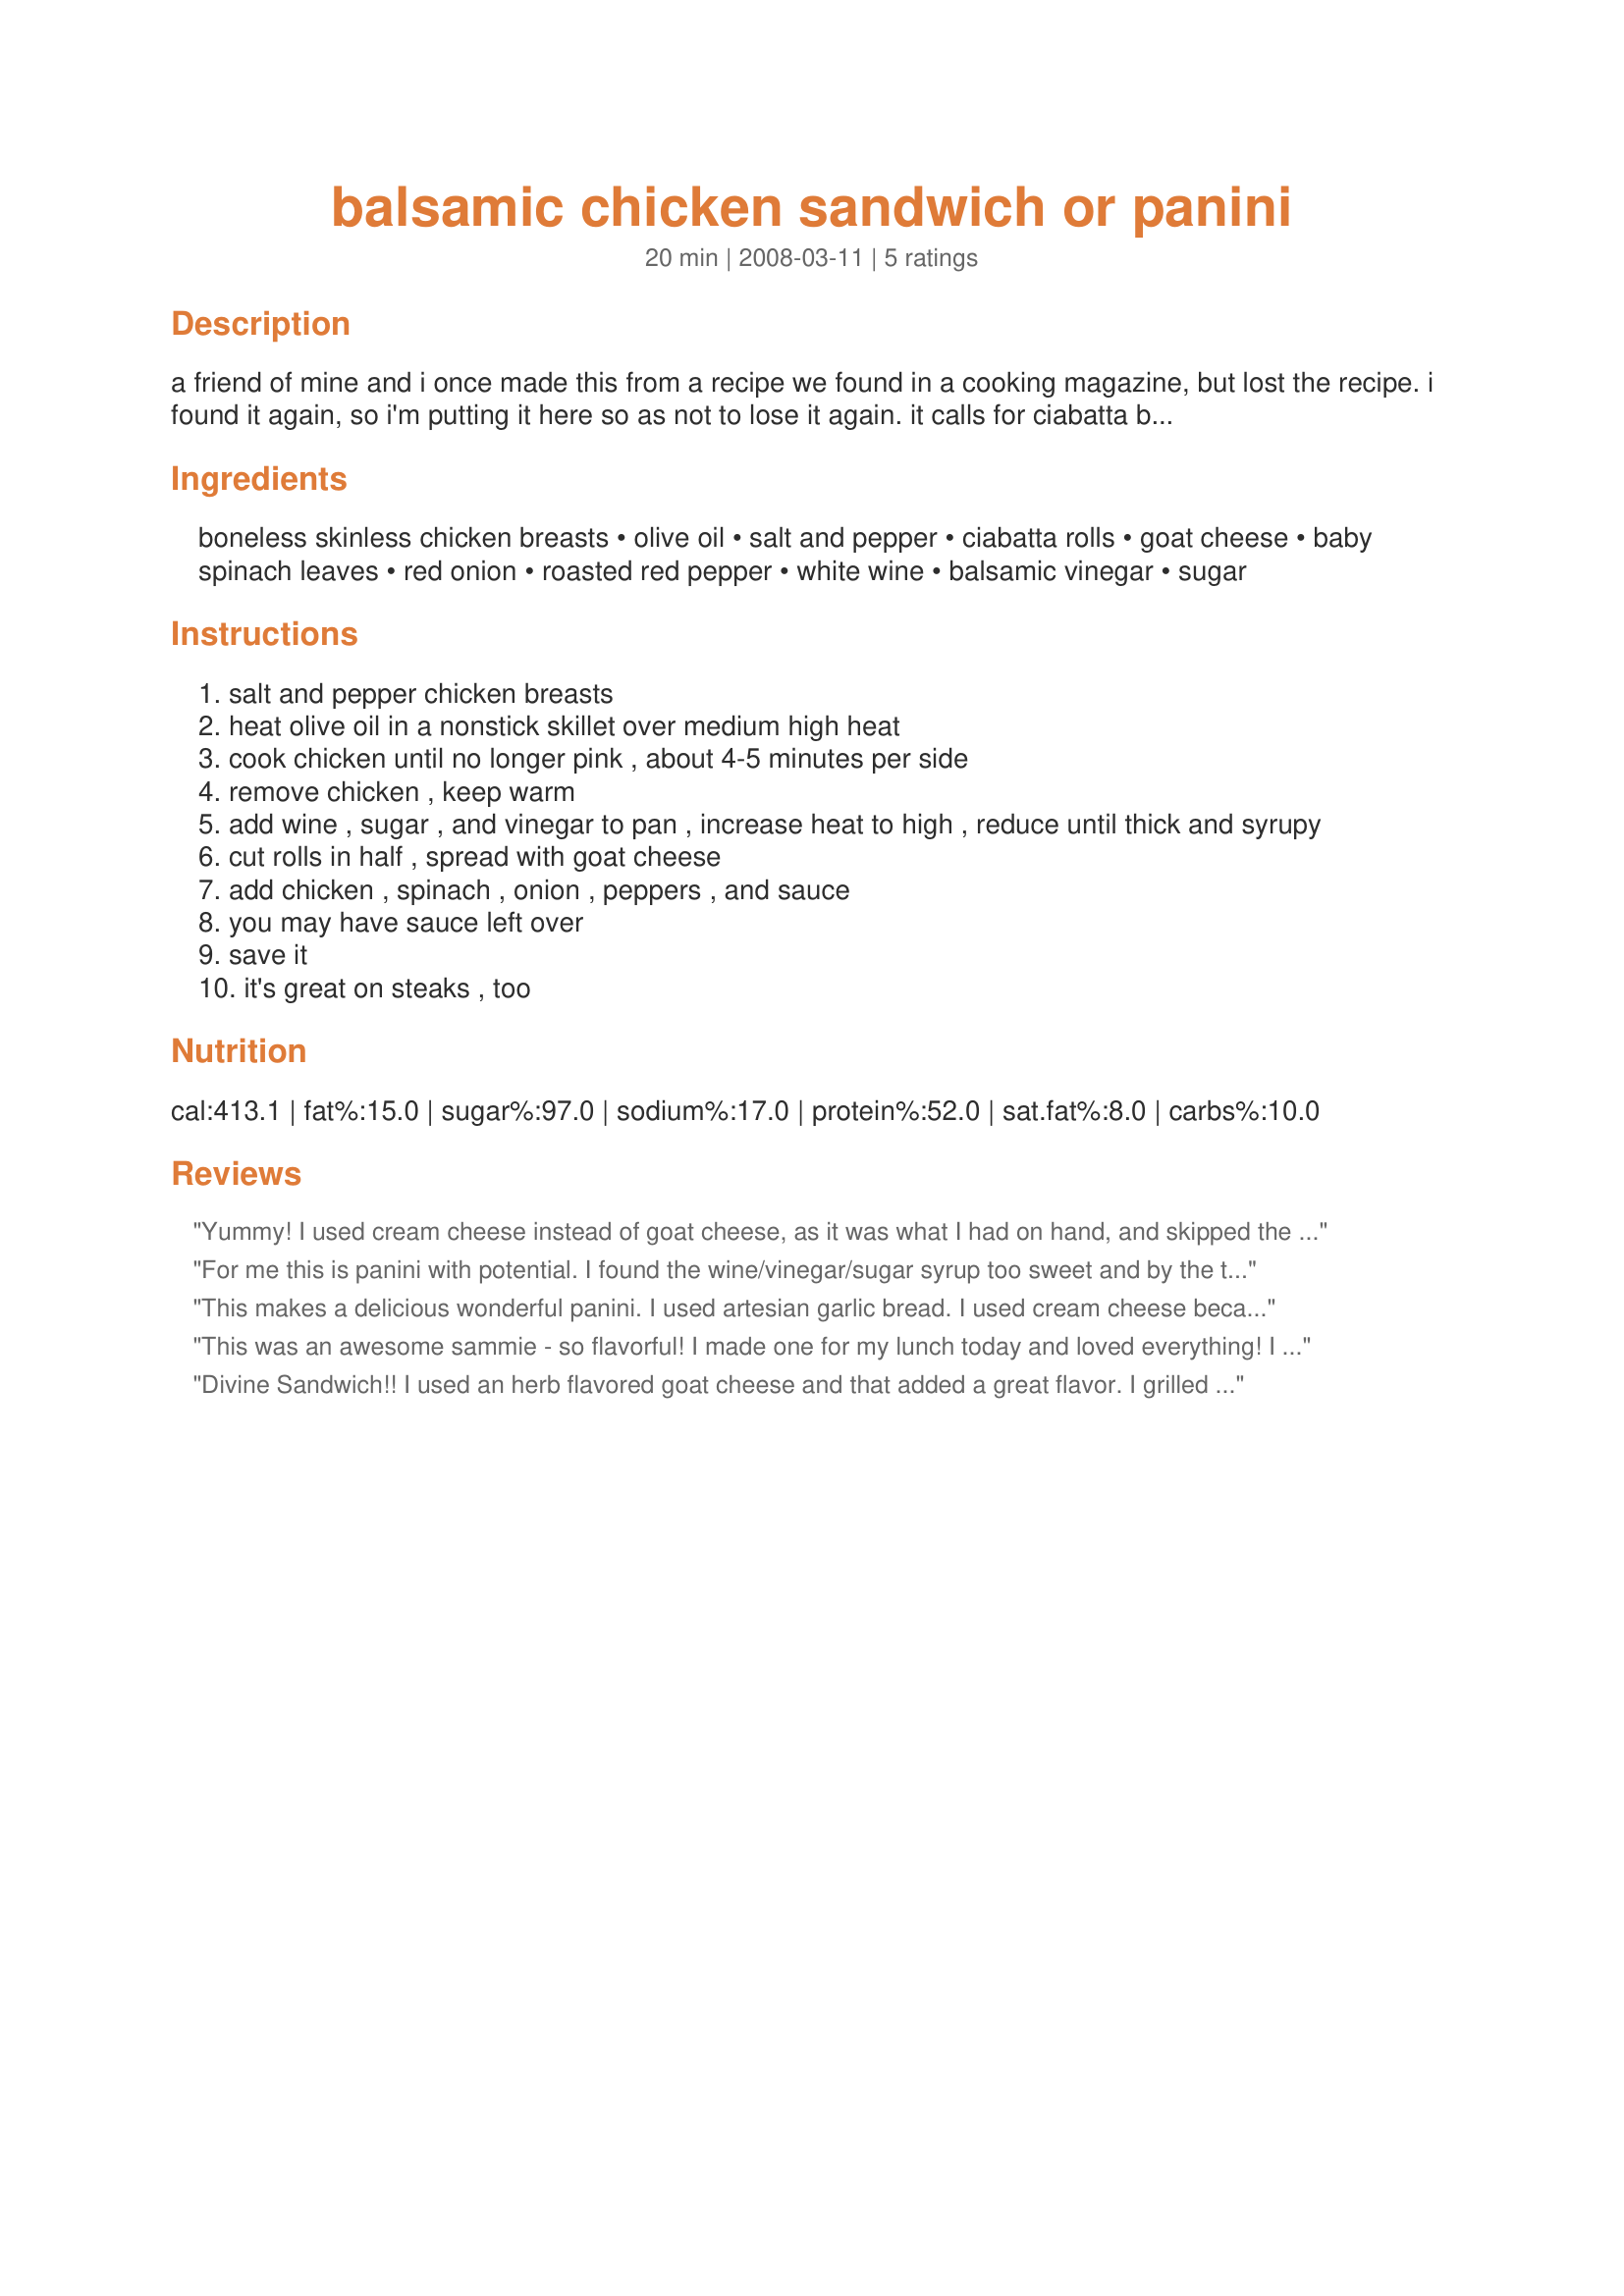
balsamic chicken sandwich or panini
Preparation time: 20 minutes

a friend of mine and i once made this from a recipe we found in a cooking magazine, but lost the recipe. i found it again, so i'm putting it here so as not to lose it again. it calls for ciabatta bread, but anything light with a good crunchy crust will be as good. it's also great grilled panini-style.

Ingredients:
boneless skinless chicken breasts, olive oil, salt and pepper, ciabatta rolls, goat cheese, baby spinach leaves, red onion, roasted red pepper, white wine, balsamic vinegar, sugar

Steps:
salt and pepper chicken breasts
heat olive oil in a nonstick skillet over medium high heat
cook chicken until no longer pink , about 4-5 minutes per side
remove chicken , keep warm
add wine , sugar , and vinegar to pan , increase heat to high , reduce until thick and syrupy
cut rolls in half , spread with goat cheese
add chicken , spinach , onion , peppers , and sauce
you may have sauce left over
save it
it's great on steaks , too

Reviews:
Yummy! I used cream cheese instead of goat cheese, as it was what I had on hand, and skipped the peppers. The sauce really made this sandwich!
For me this is panini with potential. I found the wine/vinegar/sugar syrup too sweet and by the time it cooked down it had a almost carmelized after taste. I ended up making more w/o the sugar and cooking it less, so that it was less syrupy but had a better flavor. I had left over grilled chicken which was great with the roasted red pepper and red onion. I dislike goat cheese so left that out, I had planned to sub fresh mozzarella but it had turned sour , so to keep it from being too dry I added some fresh pesto aioli, which turned out to be perfect with it. For bread I used baquette slices. I will try this again with a cheese substitute. Thank you Emmy sharing your recipe. Reviewed by a Chic Chef for ZWT4 Italy - Panini Challenge
This makes a delicious wonderful panini. I used artesian garlic bread. I used cream cheese because I didn't have any goat cheese. I followed the rest of ingredients per recipe. The sauce reduced very well and is a really great sauce. We will be making these again. Made for ZWT4 for the Cookin Cats.
This was an awesome sammie - so flavorful! I made one for my lunch today and loved everything! I used some pre-cooked seasoned chicken strips that I warmed in the pan before making the sauce. I halved the sauce to make just enough for the sandwich replacing the sugar with splenda and it was great! Although, like Kim127 mentioned, it didn't get syrupy - who cares, it was still great. I didn't have any ciabatta rolls, but used a warmed poppyseed and onion bagel instead. Made for ZWT4.
Divine Sandwich!! I used an herb flavored goat cheese and that added a great flavor. I grilled the chicken breasts instead of on the stove and also sauteed the red onions a bit to soften them up. I put all the balsamic sauce items in a saucepan and reduced, but it never got syrupy, which may be due to not cooking the chicken in the same pan. I used a flat Italian loaf from the local bakery and pressed the sandwiches at the end on the stovetop. Made for the Babes of ZWT4.
